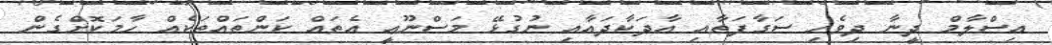
އިސްލާމް ދީނާ ދިވެހި ސަގާފަތާއި އާދަކާދައާއި ނުގުޅޭ މަސްނޫޢީ އެތައް ކަންތައްތަކެއް ހާމަކޮށްގެން